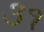
૩૧